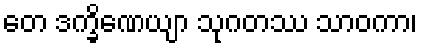
တေ ဒက္ခိဏေယျာ သုဂတဿ သာဝကာ၊